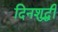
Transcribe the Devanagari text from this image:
दिनशुद्धी